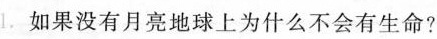
1.如果没有月亮地球上为什么不会有生命?